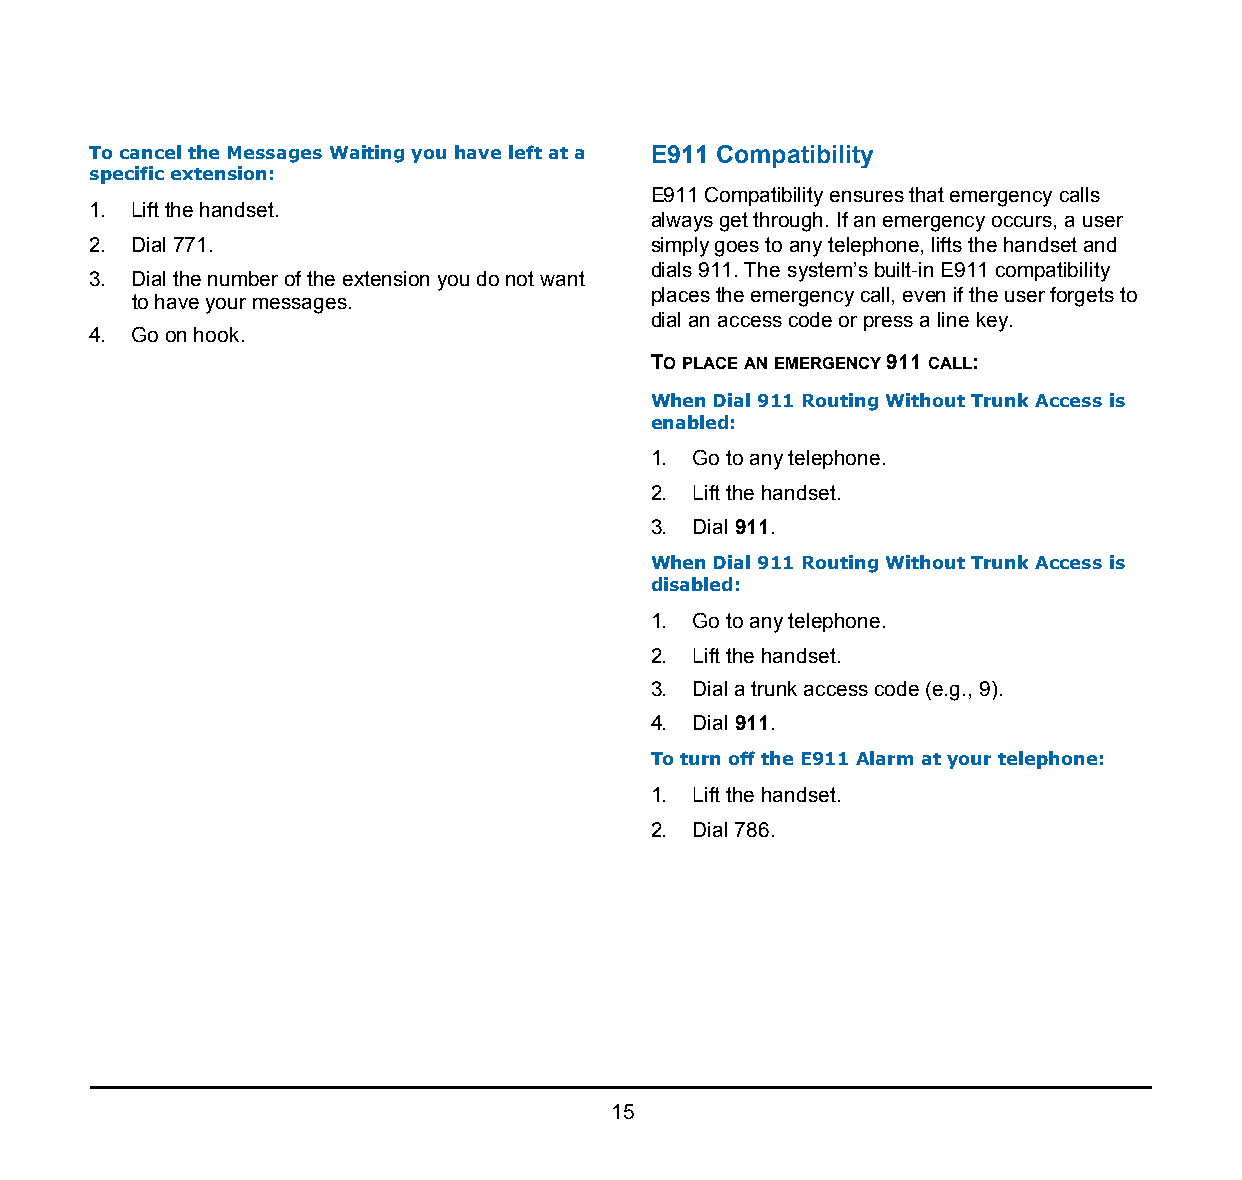
1.
 To cancel the Messages Waiting you have left at a E911 Compatibility
 specific extension:
 E911 Compatibility ensures that emergency calls
 1. Lift the handset.
 always get through. If an emergency occurs, a user
 2. Dial 771.                          simply goes to any telephone, lifts the handset and
 dials 911. The system’s built-in E911 compatibility
 3. Dial the number of the extension you do not want
 places the emergency call, even if the user forgets to
 to have your messages.
 dial an access code or press a line key.
 4. Go on hook.
 TO PLACE AN EMERGENCY 911 CALL:
 When Dial 911 Routing Without Trunk Access is
 enabled:
 1. Go to any telephone.
 2. Lift the handset.
 3. Dial 911.
 When Dial 911 Routing Without Trunk Access is
 disabled:
 1. Go to any telephone.
 2. Lift the handset.
 3. Dial a trunk access code (e.g., 9).
 4. Dial 911.
 To turn off the E911 Alarm at your telephone:
 1. Lift the handset.
 2. Dial 786.
 15